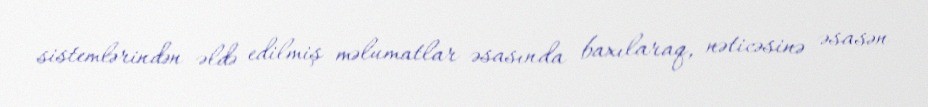
sistemlərindən əldə edilmiş məlumatlar əsasında baxılaraq, nəticəsinə əsasən